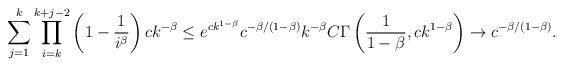
LaTeX: \begin{align*}\sum_{j=1}^{k}\prod_{i=k}^{k+j-2}\left(1-\frac{1}{i^\beta}\right)ck^{-\beta}\le e^{ck^{1-\beta}}c^{-\beta/(1-\beta)}k^{-\beta}C\Gamma\left(\frac{1}{1-\beta},{ck^{1-\beta}}\right)\rightarrow c^{-\beta/(1-\beta)}.\end{align*}